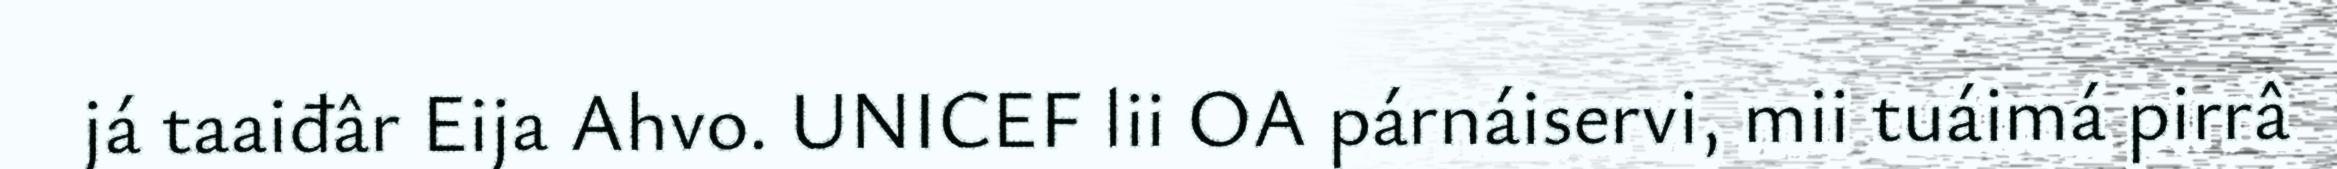
já taaiđâr Eija Ahvo. UNICEF lii OA párnáiservi, mii tuáimá pirrâ